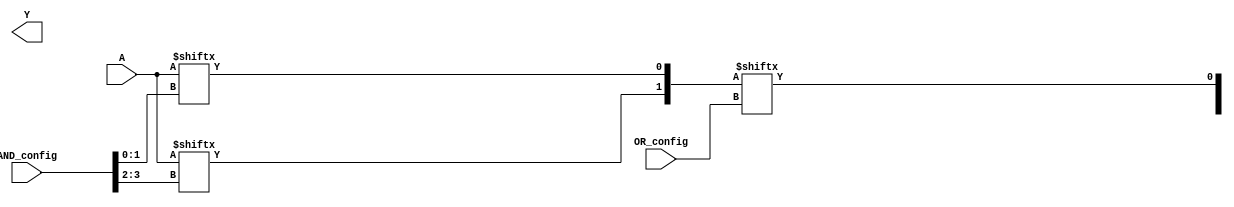
module combinational_logic_block (
    input wire [N-1:0] A,        // Input signals (N inputs)
    input wire [M-1:0] AND_config, // Configuration for AND gates (M configurations)
    input wire [P-1:0] OR_config,  // Configuration for OR gates (P configurations)
    output wire [O-1:0] Y         // Output signals (O outputs)
);
    parameter N = 8; // Number of inputs
    parameter M = 4; // Number of AND gates
    parameter P = 2; // Number of OR gates
    parameter O = 2; // Number of outputs

    wire [M-1:0] and_out; // Outputs from AND gates
    wire [P-1:0] or_out;  // Outputs from OR gates

    // AND gate implementation
    genvar i, j;
    generate
        for (i = 0; i < M; i = i + 1) begin : and_gate
            // Configurable AND gate
            assign and_out[i] = &({A[AND_config[i*2 +: 2] ]}); // Example: ANDing two inputs based on configuration
        end
    endgenerate

    // OR gate implementation
    generate
        for (j = 0; j < P; j = j + 1) begin : or_gate
            // Configurable OR gate
            assign or_out[j] = |(and_out[OR_config[j*2 +: 2]]); // Example: ORing outputs based on configuration
        end
    endgenerate

    // Output assignments
    assign Y = or_out; // Directly assign OR outputs to the output signals

endmodule